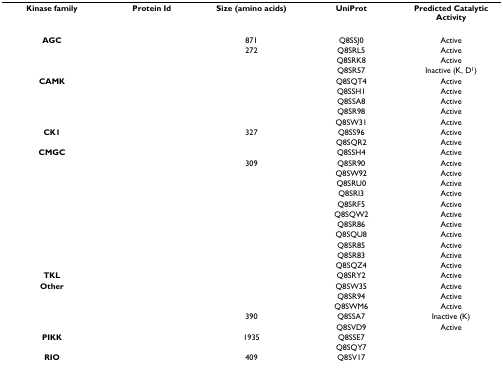
<table><thead><tr><td><b>Kinase family</b></td><td><b>Protein Id</b></td><td><b>Size (amino acids)</b></td><td><b>UniProt</b></td><td><b>Predicted Catalytic Activity</b></td></tr></thead><tbody><tr><td><b>AGC</b></td><td>[EMPTY_CELL]</td><td>871</td><td>Q8SSJ0</td><td>Active</td></tr><tr><td>[EMPTY_CELL]</td><td>[EMPTY_CELL]</td><td>272</td><td>Q8SRL5</td><td>Active</td></tr><tr><td>[EMPTY_CELL]</td><td>[EMPTY_CELL]</td><td>[EMPTY_CELL]</td><td>Q8SRK8</td><td>Active</td></tr><tr><td>[EMPTY_CELL]</td><td>[EMPTY_CELL]</td><td>[EMPTY_CELL]</td><td>Q8SR57</td><td>Inactive (K, D<sup>1</sup>)</td></tr><tr><td><b>CAMK</b></td><td>[EMPTY_CELL]</td><td>[EMPTY_CELL]</td><td>Q8SQT4</td><td>Active</td></tr><tr><td>[EMPTY_CELL]</td><td>[EMPTY_CELL]</td><td>[EMPTY_CELL]</td><td>Q8SSH1</td><td>Active</td></tr><tr><td>[EMPTY_CELL]</td><td>[EMPTY_CELL]</td><td>[EMPTY_CELL]</td><td>Q8SSA8</td><td>Active</td></tr><tr><td>[EMPTY_CELL]</td><td>[EMPTY_CELL]</td><td>[EMPTY_CELL]</td><td>Q8SR98</td><td>Active</td></tr><tr><td>[EMPTY_CELL]</td><td>[EMPTY_CELL]</td><td>[EMPTY_CELL]</td><td>Q8SW31</td><td>Active</td></tr><tr><td><b>CK1</b></td><td>[EMPTY_CELL]</td><td>327</td><td>Q8SS96</td><td>Active</td></tr><tr><td>[EMPTY_CELL]</td><td>[EMPTY_CELL]</td><td>[EMPTY_CELL]</td><td>Q8SQR2</td><td>Active</td></tr><tr><td><b>CMGC</b></td><td>[EMPTY_CELL]</td><td>[EMPTY_CELL]</td><td>Q8SSH4</td><td>Active</td></tr><tr><td>[EMPTY_CELL]</td><td>[EMPTY_CELL]</td><td>309</td><td>Q8SR90</td><td>Active</td></tr><tr><td>[EMPTY_CELL]</td><td>[EMPTY_CELL]</td><td>[EMPTY_CELL]</td><td>Q8SW92</td><td>Active</td></tr><tr><td>[EMPTY_CELL]</td><td>[EMPTY_CELL]</td><td>[EMPTY_CELL]</td><td>Q8SRU0</td><td>Active</td></tr><tr><td>[EMPTY_CELL]</td><td>[EMPTY_CELL]</td><td>[EMPTY_CELL]</td><td>Q8SRI3</td><td>Active</td></tr><tr><td>[EMPTY_CELL]</td><td>[EMPTY_CELL]</td><td>[EMPTY_CELL]</td><td>Q8SRF5</td><td>Active</td></tr><tr><td>[EMPTY_CELL]</td><td>[EMPTY_CELL]</td><td>[EMPTY_CELL]</td><td>Q8SQW2</td><td>Active</td></tr><tr><td>[EMPTY_CELL]</td><td>[EMPTY_CELL]</td><td>[EMPTY_CELL]</td><td>Q8SR86</td><td>Active</td></tr><tr><td>[EMPTY_CELL]</td><td>[EMPTY_CELL]</td><td>[EMPTY_CELL]</td><td>Q8SQU8</td><td>Active</td></tr><tr><td>[EMPTY_CELL]</td><td>[EMPTY_CELL]</td><td>[EMPTY_CELL]</td><td>Q8SR85</td><td>Active</td></tr><tr><td>[EMPTY_CELL]</td><td>[EMPTY_CELL]</td><td>[EMPTY_CELL]</td><td>Q8SR83</td><td>Active</td></tr><tr><td>[EMPTY_CELL]</td><td>[EMPTY_CELL]</td><td>[EMPTY_CELL]</td><td>Q8SQZ4</td><td>Active</td></tr><tr><td><b>TKL</b></td><td>[EMPTY_CELL]</td><td>[EMPTY_CELL]</td><td>Q8SRY2</td><td>Active</td></tr><tr><td><b>Other</b></td><td>[EMPTY_CELL]</td><td>[EMPTY_CELL]</td><td>Q8SW35</td><td>Active</td></tr><tr><td>[EMPTY_CELL]</td><td>[EMPTY_CELL]</td><td>[EMPTY_CELL]</td><td>Q8SR94</td><td>Active</td></tr><tr><td>[EMPTY_CELL]</td><td>[EMPTY_CELL]</td><td>[EMPTY_CELL]</td><td>Q8SWM6</td><td>Active</td></tr><tr><td>[EMPTY_CELL]</td><td>[EMPTY_CELL]</td><td>390</td><td>Q8SSA7</td><td>Inactive (K)</td></tr><tr><td>[EMPTY_CELL]</td><td>[EMPTY_CELL]</td><td>[EMPTY_CELL]</td><td>Q8SVD9</td><td>Active</td></tr><tr><td><b>PIKK</b></td><td>[EMPTY_CELL]</td><td>1935</td><td>Q8SSE7</td><td>[EMPTY_CELL]</td></tr><tr><td>[EMPTY_CELL]</td><td>[EMPTY_CELL]</td><td>[EMPTY_CELL]</td><td>Q8SQY7</td><td>[EMPTY_CELL]</td></tr><tr><td><b>RIO</b></td><td>[EMPTY_CELL]</td><td>409</td><td>Q8SV17</td><td>[EMPTY_CELL]</td></tr></tbody></table>